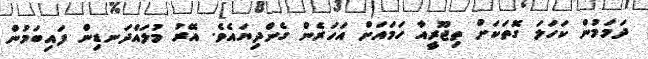
ދަމަމުން ކަހަލަ ގޮތަކަށް ތިޖޫރީއާ ހަމައަށް އަހަރެން ގެންދިޔައެވެ. އޭރު މުލައްދަނޑިން ފައިބަމުން